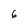
Character: 6